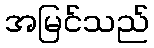
အမြင်သည်